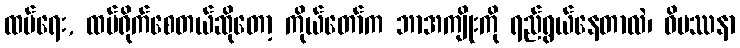
ထပ်ရေး, ထပ်ရိုက်စေတယ်ဆိုတော့ ကိုယ်တော်က ဘာအကျိုးကို ရည်ရွယ်နေတာလဲ၊ ဝိပဿနာ